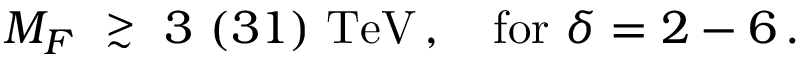
M _ { F } \ \stackrel { > } { { } _ { \sim } } \ 3 \ ( 3 1 ) \ \mathrm { T e V } \, , \quad \mathrm { f o r } \ \delta = 2 - 6 \, .